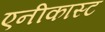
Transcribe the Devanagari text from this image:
एनीकास्ट